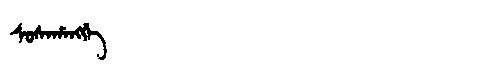
Manchu: ᠰᠣᠰᠠᡥᠠᠩᡤᡝ
Romanization: SOSAHANGGE